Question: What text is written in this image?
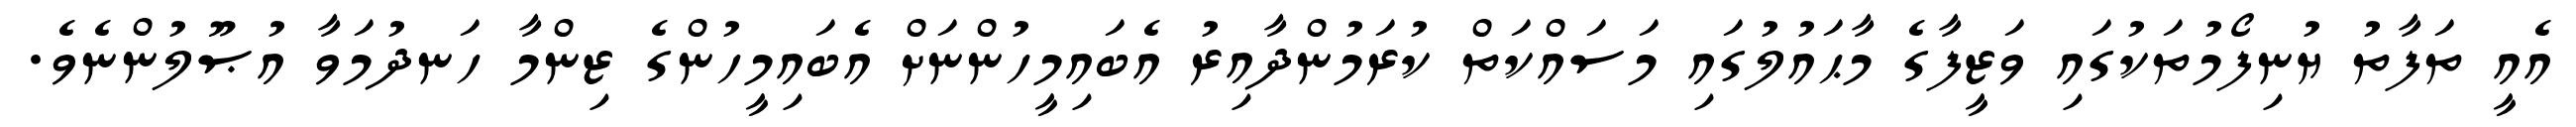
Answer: އެއީ ތަފާތު ޔުނިފޯމުތަކުގައި ވަޒީފާގެ މާޙައުލުގައި މަސައްކަތް ކުރަމުންދާއިރު އެބައިމީހުންނަށް އެބައިމީހުންގެ ޒިންމާ ހަނދުމަވާ އުޞޫލުންނެވެ.